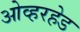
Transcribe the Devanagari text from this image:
ओव्हरहेड